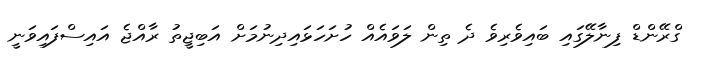
ގްރޭންޑް ފިނާލޭގައި ބައިވެރިވެ ދެ ތިން ލަވައެއް ހުށަހަޅައިދިނުމަށް އަބިޖީތު ރާއްޖެ އައިސްފައިވަނީ